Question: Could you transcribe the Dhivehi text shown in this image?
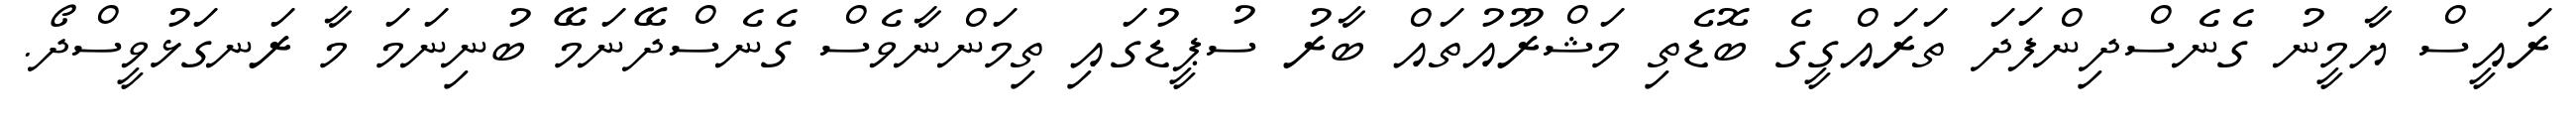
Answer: ރައީސް ޔާމީނު ގެނެސްދިންފަދަ ތަރައްގީގެ ބޮޑެތި މަޝްރޫއުތައް ބާރު ސުޕީޑުގައި ތިމަންނާވެސް ގެނެސްދޭނަމޭ ބުނިނަމަ މާ ރަނގަޅުވީސްދޯ.